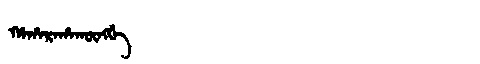
Manchu: ᡥᠠᡥᠠᡵᠠᡥᠠᡴᡡᠩᡤᡝ
Romanization: HAHARAHAKŪNGGE